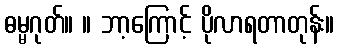
ဓမ္မဂုတ်။ ။ ဘာ့ကြောင့် ပိုလာရတာတုန်း။